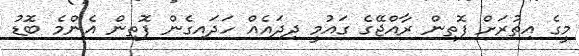
މީގެ އިތުރަށް ފޮތިން ރާއްޖޭގެ ގައުމީ ދިދައެއް ހަދައިގެން ފޮތިން އެންމެ ބޮޑު